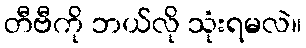
တီဗီကို ဘယ်လို သုံးရမလဲ။